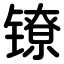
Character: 镣